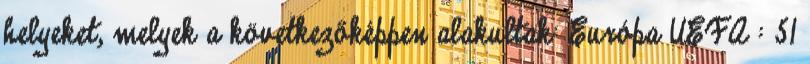
helyeket, melyek a következőképpen alakultak: Európa UEFA : 51